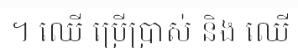
។ ឈើ ប្រើប្រាស់ និង ឈើ